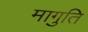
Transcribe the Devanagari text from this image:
मागुति